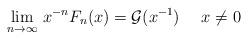
LaTeX: \begin{align*}\lim_{n\to\infty}\, x^{-n}F_{n}(x)=\mathcal{G}(x^{-1})\ \ \ \ x\neq0\end{align*}